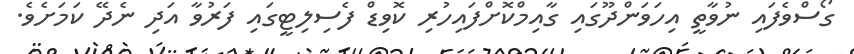
ގޯސްވެފައި ނުވާތީ އިހަވަންދޫގައި ގާއިމްކޮށްފައިހުރި ކޮވިޑް ފެސިލިޓީގައި ފަރުވާ އަދި ނެދޭ ކަމަށެވެ.